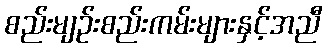
စည်းမျဉ်းစည်းကမ်းများနှင့်အညီ